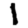
Digit: 1